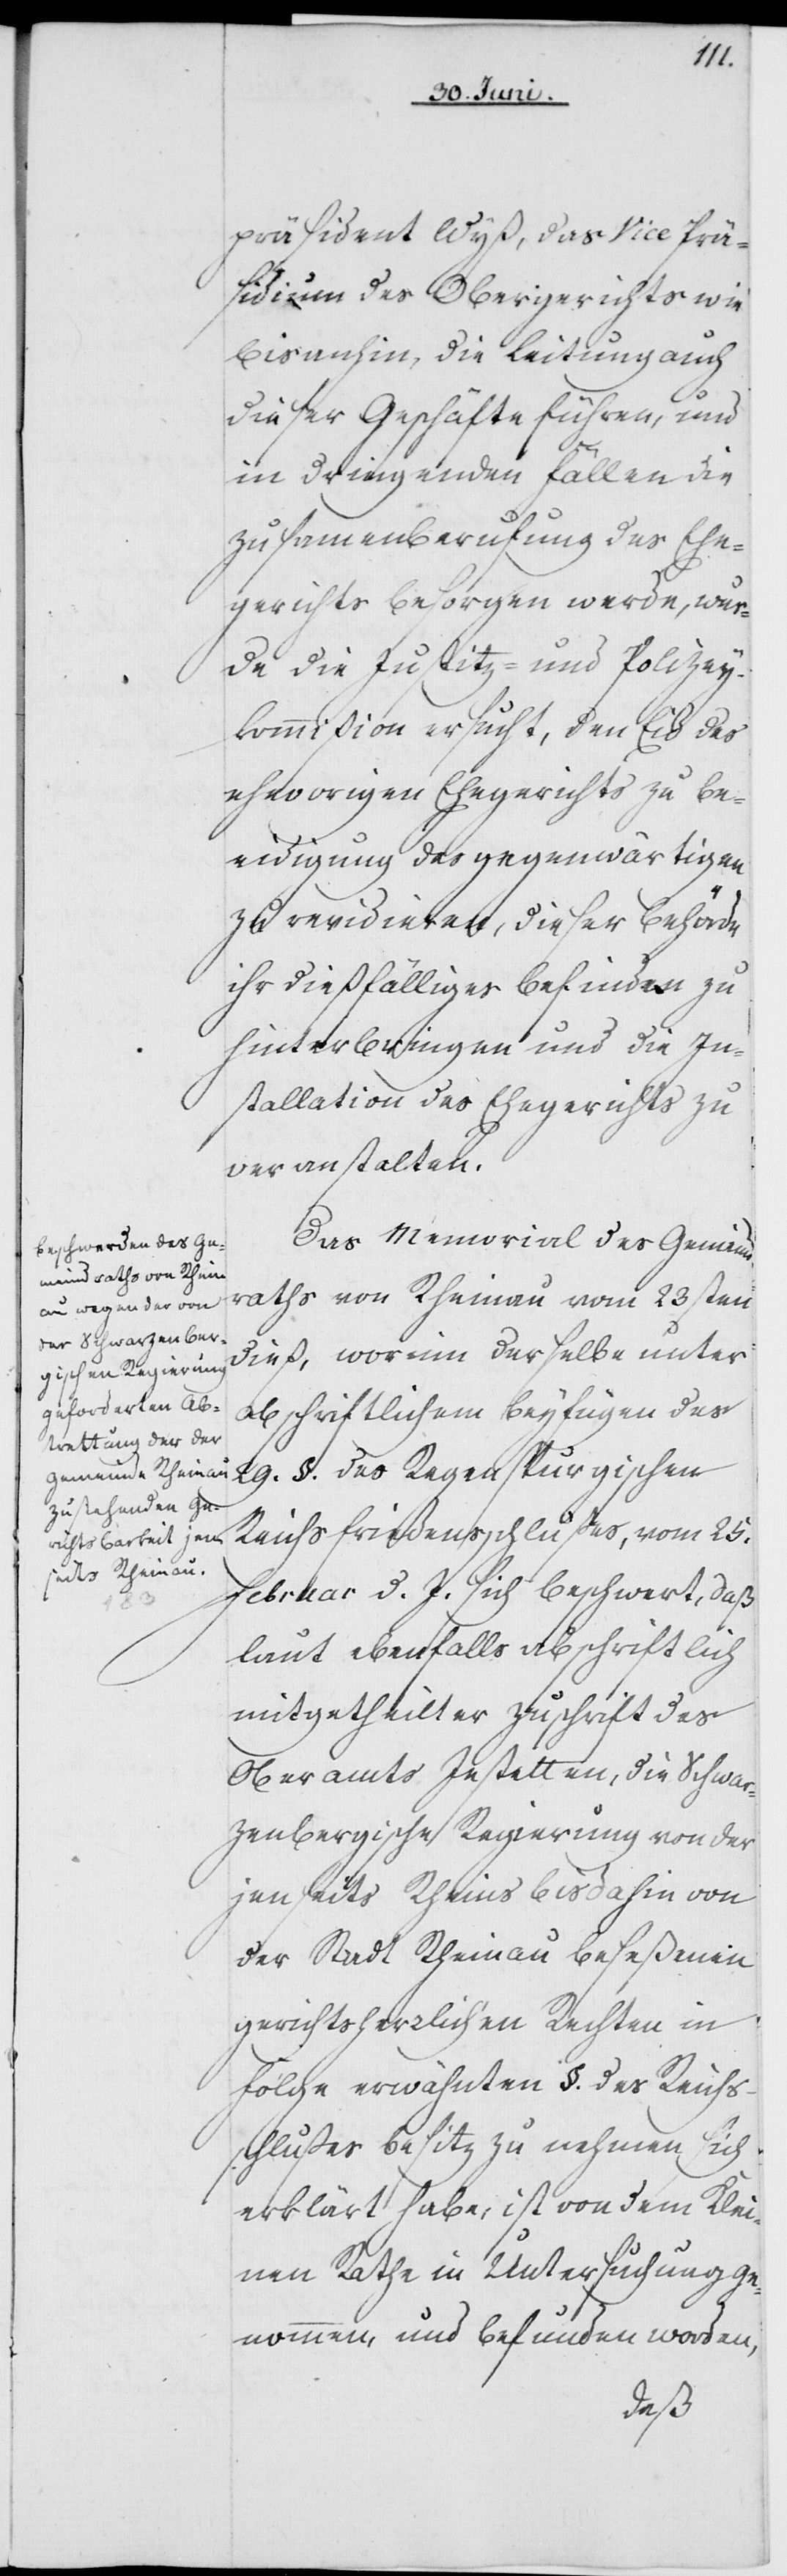
präsident Wyß, das Vice Prä¬
sidium des Obergerichts wie
bis anhin, die Leitung auch
dieser Geschäfte führen, und
in dringenden Fällen die
Zusamenberufung des Ehe¬
gerichts besorgen werde, wur¬
de die Justitz- und Polizey¬
kommißion ersucht, den Eid des
ehevorigen Ehegerichts zu Be¬
eidigung des gegenwärtigen
zu revidiren, dieser Behörde
ihr dießfälliges Befinden zu
hinterbringen und die In¬
stallation des Ehegerichts zu
veranstalten.
Das Memorial des Gemeind¬
raths von Rheinau vom 23sten
dieß, worinn derselbe unter
abschriftlichem Beyfügen des
29. §. des Regenspurgischen
Reichsfriedensschlußes, vom 25.
Februar d. J. sich beschwert, daß
laut ebenfalls abschriftlich
mitgetheilter Zuschrift des
Oberamts Jestetten, die Schwar¬
zenbergische Regierung von der
jenseits Rheins bis dahin von
der Stadt Rheinau beseßenen
gerichtsherrlichen Rechten in
Folge erwähnten §. des Reichs¬
schlußes Besiz zu nehmen sich
erklärt habe, ist von dem Klei¬
nen Rathe in Untersuchung ge¬
nommen, und befunden worden,